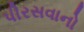
પીરસવાનો